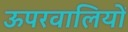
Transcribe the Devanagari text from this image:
ऊपरवालियों